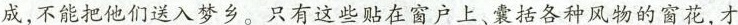
成，不能把他们送入梦乡。只有这些贴在窗户上、震括各种风物的窗花，才